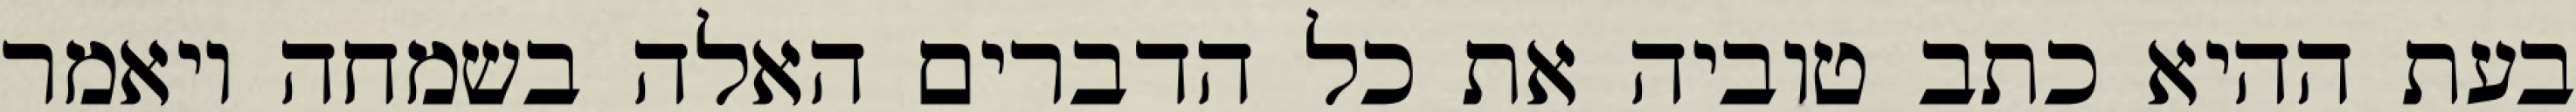
בעת ההיא כתב טוביה את כל הדברים האלה בשמחה ויאמר